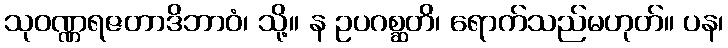
သုဝဏ္ဏရဇတာဒိဘာဝံ၊ သို့။ န ဥပဂစ္ဆတိ၊ ရောက်သည်မဟုတ်။ ပန၊